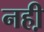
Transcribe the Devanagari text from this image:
नही़